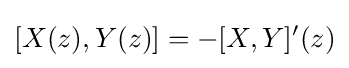
[X(z),Y(z)]=-[X,Y]'(z)